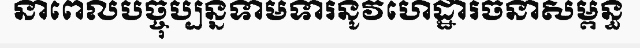
នាពេលបច្ចុប្បន្នទាមទារនូវហេដ្ឋារចនាសម្ពន្ធ